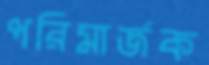
পরিমার্জক